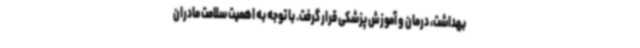
بهداشت، درمان و آموزش پزشکی قرار گرفت. با توجه به اهمیت سلامت مادران